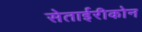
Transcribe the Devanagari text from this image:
सेताईरीकोन